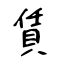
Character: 賃